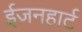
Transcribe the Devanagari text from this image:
ईज़नहार्ट